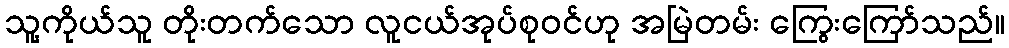
သူ့ကိုယ်သူ တိုးတက်သော လူငယ်အုပ်စုဝင်ဟု အမြဲတမ်း ကြွေးကြော်သည်။